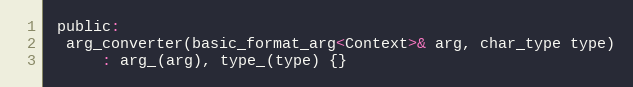
Language: C
 public:
  arg_converter(basic_format_arg<Context>& arg, char_type type)
      : arg_(arg), type_(type) {}